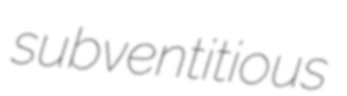
subventitious